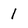
Character: 1